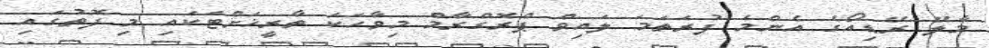
މާލޭ ރޭޑިއޯގެ އެންމެ ފުރަތަމަ ލައިވް ޕްރޮގްރާމް މިވާހަކަ ތާރީޚަށްޓަކައި މި ފޮތުގައި